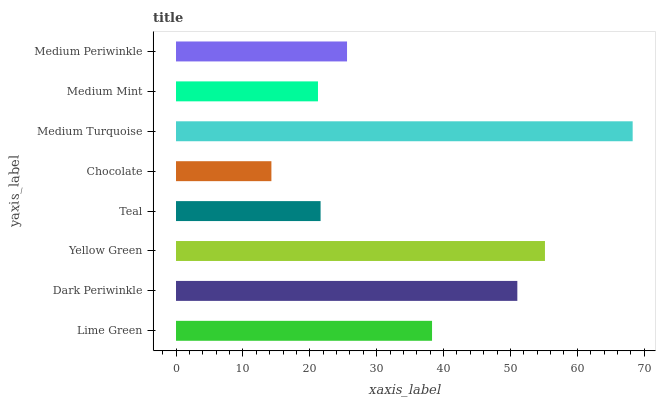
| yaxis_label | bars |
 | --- | --- |
 | Lime Green | 38.3 |
 | Dark Periwinkle | 51 |
 | Yellow Green | 55.2 |
 | Teal | 21.6 |
 | Chocolate | 14.3 |
 | Medium Turquoise | 68.3 |
 | Medium Mint | 21.2 |
 | Medium Periwinkle | 25.6 |